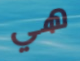
هي